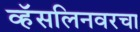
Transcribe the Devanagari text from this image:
व्हॅसलिनवरचा